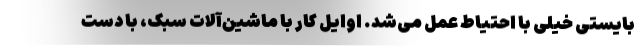
بایستی خیلی با احتیاط عمل می‌شد. اوایل کار با ماشین‌آلات سبک، با دست